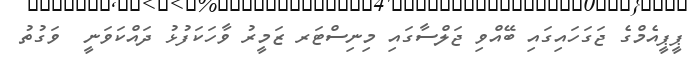
ޕީޕީއެމްގެ ޖަގަހައިގައި ބޭއްވި ޖަލްސާގައި މިނިސްޓަރ ޒަމީރު ވާހަކަފުޅު ދައްކަވަނީ  ވަގުތު